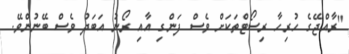
"ރާއްޖޭގެ ހުރިހާ ރިސޯޓްތަކަށް ވެސް ފަންގި އާއި ރޯނު އަބަދު ވެސް ބޭނުންވޭ.